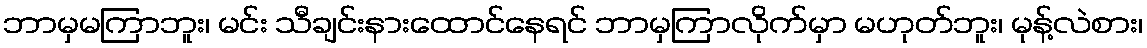
ဘာမှမကြာဘူး၊ မင်း သီချင်းနားထောင်နေရင် ဘာမှကြာလိုက်မှာ မဟုတ်ဘူး၊ မုန့်လဲစား၊